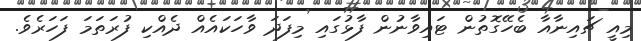
މިއީ ޗައިނާއާ ބެހޭގޮތުން ޓައިވާނުން ފާޅުގައި މިފަދަ ވާހަކައެއް ދެއްކި ފުރަތަމަ ފަހަރެވެ.